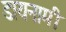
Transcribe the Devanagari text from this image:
डायनामी